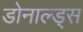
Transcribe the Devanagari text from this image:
डोनाल्ड्स